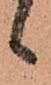
候